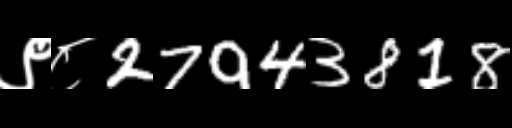
Text: ९८27943818